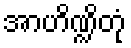
အာဟိဏ္ဍိတုံ